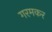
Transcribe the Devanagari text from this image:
गरमकर